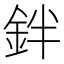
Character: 鉡